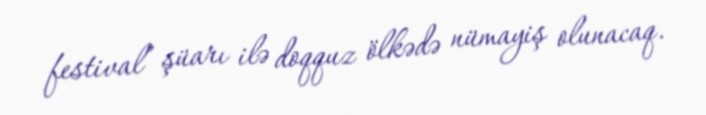
festival” şüarı ilə doqquz ölkədə nümayiş olunacaq.